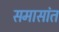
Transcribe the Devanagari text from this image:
समासांत